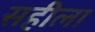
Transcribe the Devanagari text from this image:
सहीला